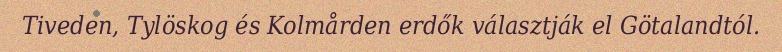
Tiveden, Tylöskog és Kolmården erdők választják el Götalandtól.